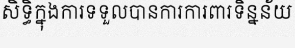
សិទ្ធិក្នុងការទទួលបានការការពារទិន្នន័យ